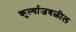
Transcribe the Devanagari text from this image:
कुर्ल्याजवळील